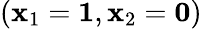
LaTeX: ({\mathbf x}_{1}={\mathbf 1},{\mathbf x}_{2}={\mathbf 0})